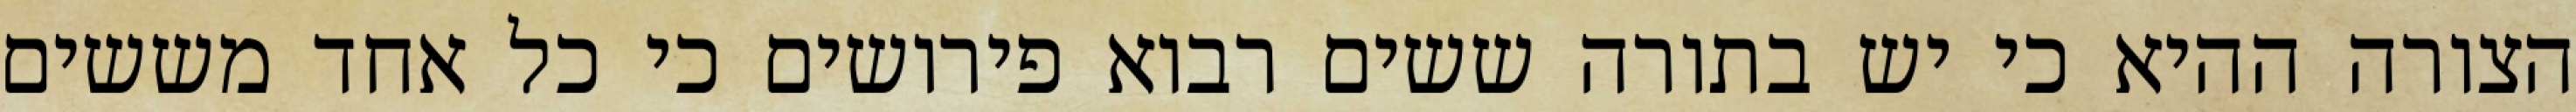
הצורה ההיא כי יש בתורה ששים רבוא פירושים כי כל אחד מששים